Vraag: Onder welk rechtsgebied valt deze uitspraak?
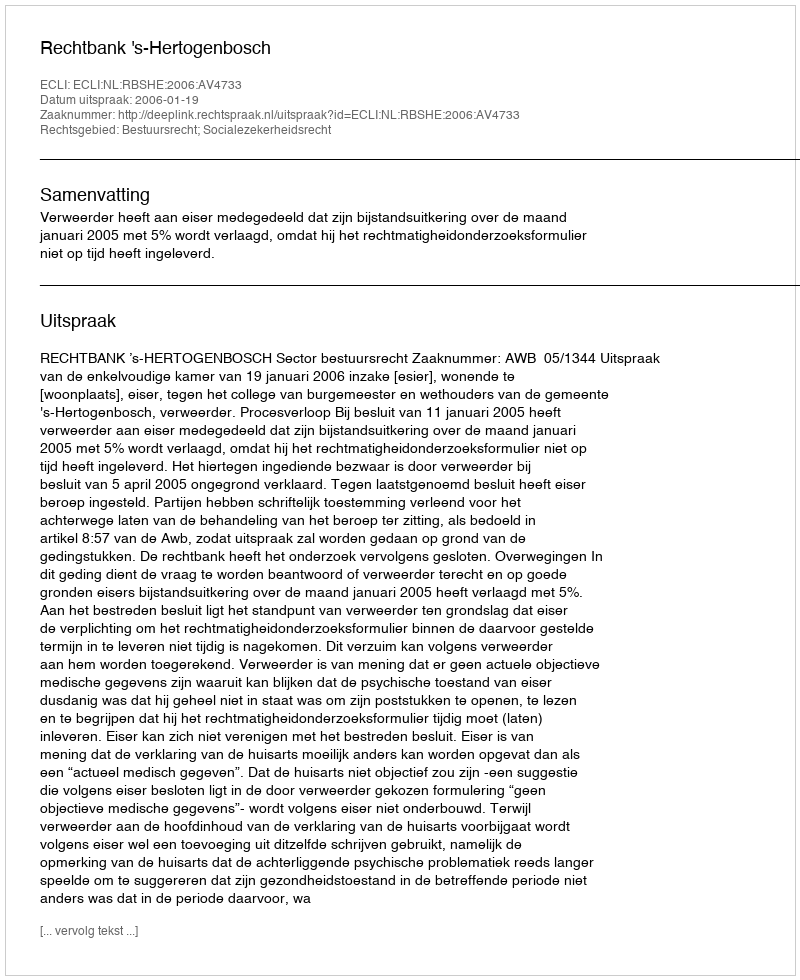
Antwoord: Bestuursrecht; Socialezekerheidsrecht